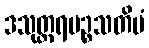
ဒသုတ္တရပဉ္စသတိမံ